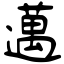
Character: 邁